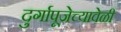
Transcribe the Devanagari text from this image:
दुर्गापूजेच्यावेळी